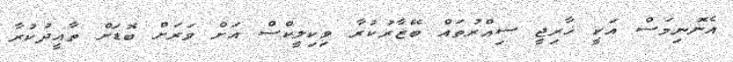
އެނޮނިމަސް އަކީ ޚާރިޖީ ސިއްރުތައް ބޭޒާރުކުރާ ވިކިލީކްސް އަށް ވަރަށް ބޮޑަށް ތާއީދުކުރާ